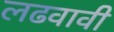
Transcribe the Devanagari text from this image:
लढवावी